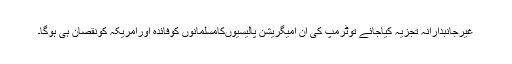
غیرجانبدارانہ تجزیہ کیاجائے توٹرمپ کی ان امیگریشن پالیسیوںکامسلمانوں کوفائدہ اورامریکہ کونقصان ہی ہوگا۔